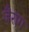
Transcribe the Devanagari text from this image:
जैराग